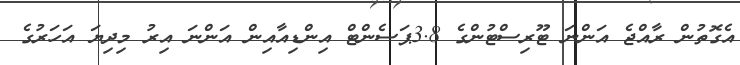
އެގޮތުން ރާއްޖެ އަންނަ ޓޫރިސްޓުންގެ 3.8ޕަސެންޓް އިންޑިއާއިން އަންނަ އިރު މިދިޔަ އަހަރުގެ